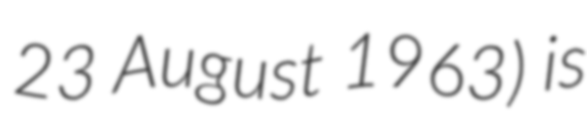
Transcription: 23 August 1963) is